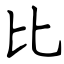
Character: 比